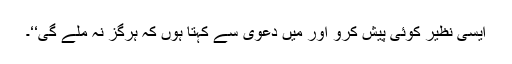
ایسی نظیر کوئی پیش کرو اور مَیں دعویٰ سے کہتا ہوں کہ ہرگز نہ ملے گی‘‘۔